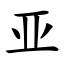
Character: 亚